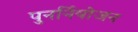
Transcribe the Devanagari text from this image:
पुनर्नियोजन